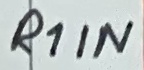
Text: R1IN